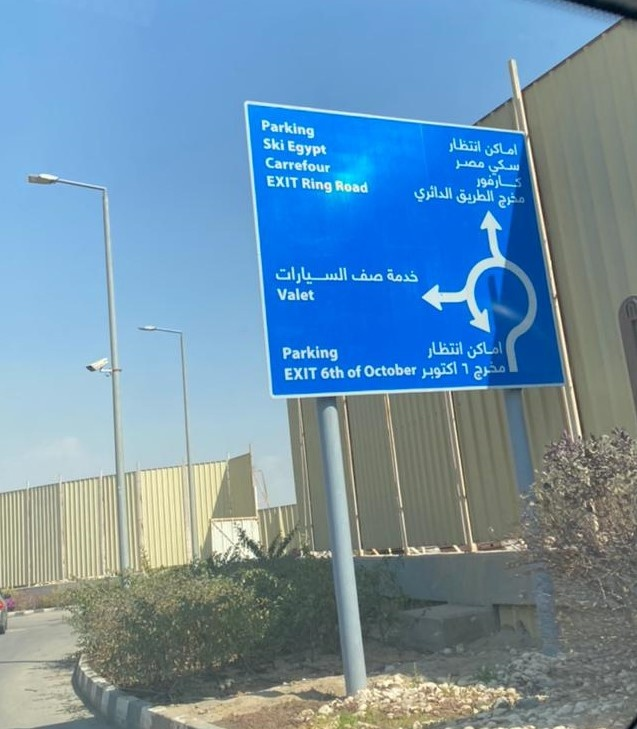
Text in image: انتظار اماكن مصر سكي كارفور الدائري الطريق مخرج خدمة السيارات صف اماكن انتظار 6 اكتوبر مخرج Parking Ski Egypt Carrefour EXIT Ring Road Valet Parking October of EXIT 6th